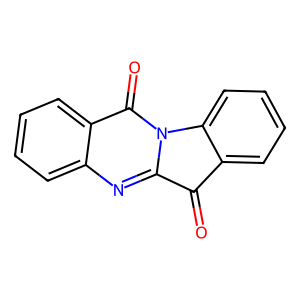
SMILES: O=C1c2ccccc2-n2c1nc1ccccc1c2=O
Inhibits HIV replication: No